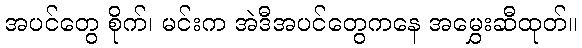
အပင်တွေ စိုက်၊ မင်းက အဲဒီအပင်တွေကနေ အမွှေးဆီထုတ်။